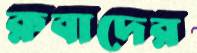
রুবাদের